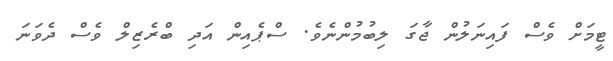
ޓީމަށް ވެސް ފައިނަލުން ޖާގަ ލިބުމުންނެވެ. ސްޕެއިން އަދި ބްރެޒިލް ވެސް ދެވަނަ